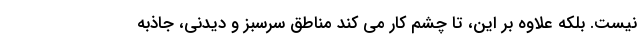
نیست. بلکه علاوه بر این، تا چشم کار می کند مناطق سرسبز و دیدنی، جاذبه